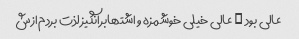
عالی بود … عالی خیلی خوشمزه و اشتهابرانگیز لذت بردم ازش